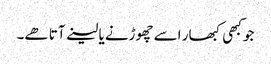
جو کبھی کبھار اسے چھوڑنے یا لینے آتا ھے۔